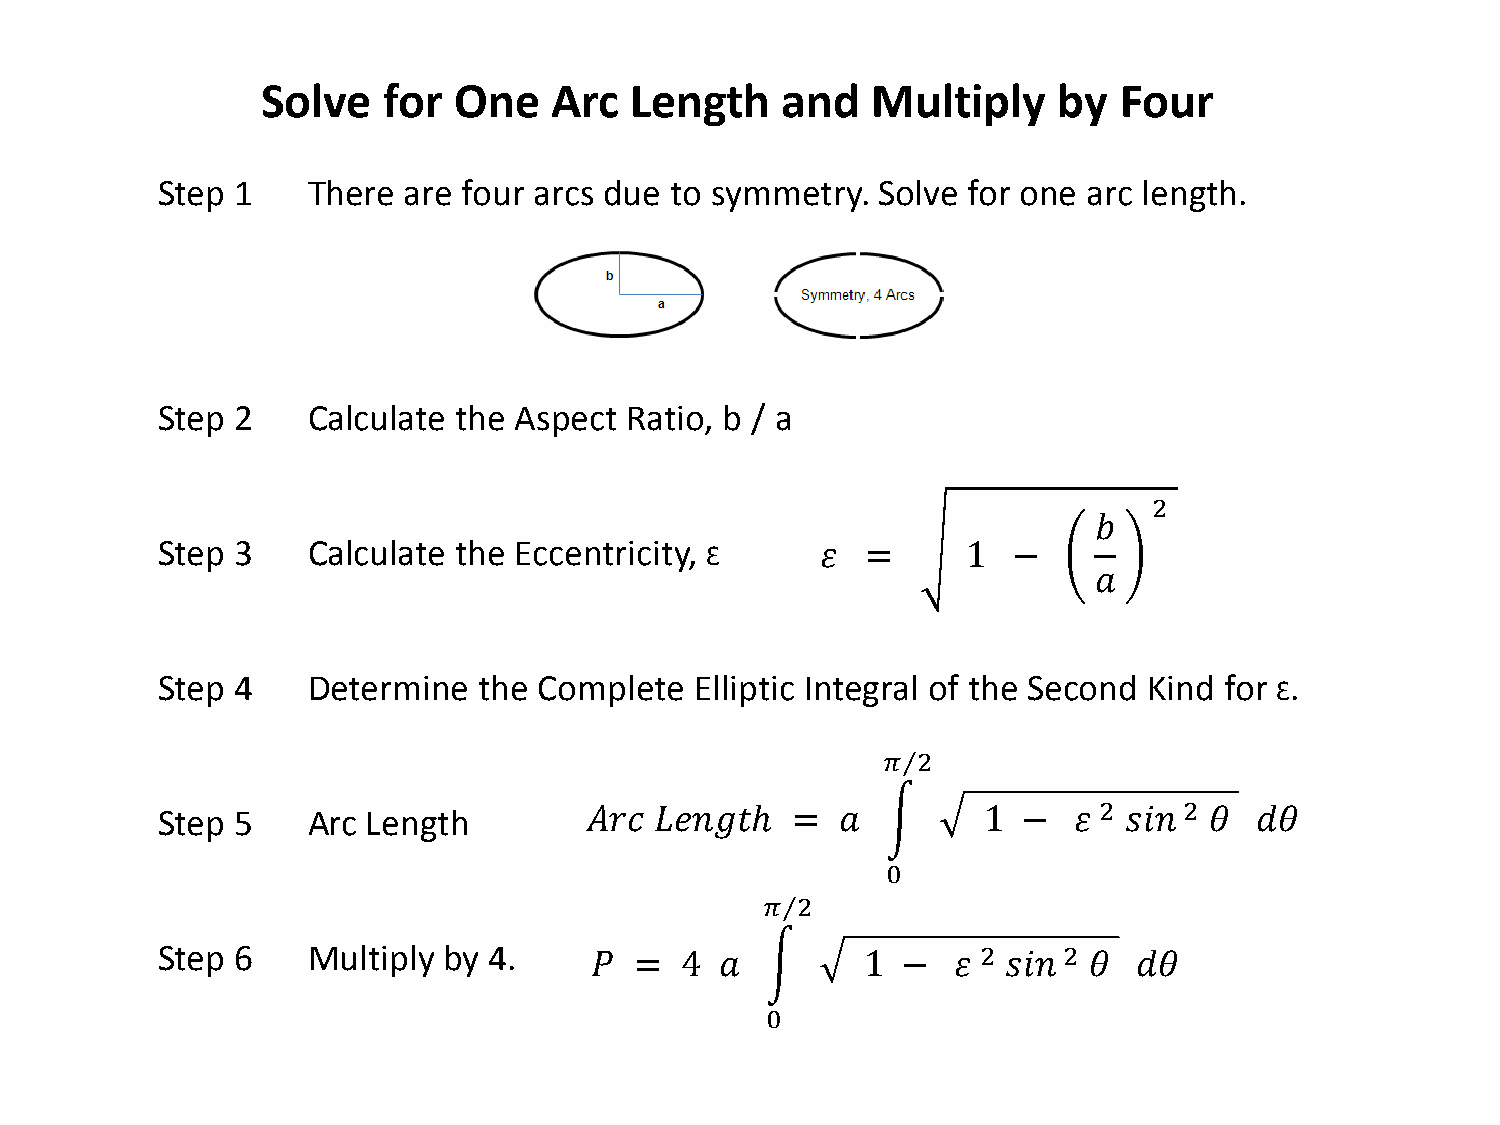
Solve   for  One   Arc   Length    and   Multiply    by  Four
 Step 1    There  are four arcs due to symmetry. Solve for one arc length.
 Step 2    Calculate the Aspect Ratio, b / a
 Step 3    Calculate the Eccentricity, Ɛ
 2
 𝑏
 𝜀  =      1  −
 𝑎
 Step 4    Determine   the Complete  Elliptic Integral of the Second Kind for Ɛ.
 Step 5    Arc Length                            𝜋⁄2
 2    2
 𝐴𝑟𝐴 𝐿𝐿𝑠𝐿𝐿ℎ   =   𝑎  �     1  −  𝜀  𝑠𝑠𝑠   𝜃  𝑑𝜃
 0
 Step 6    Multiply by 4.
 𝜋⁄2
 2    2
 𝑃  =  4  𝑎  �     1  −  𝜀   𝑠𝑠𝑠  𝜃  𝑑𝜃
 0